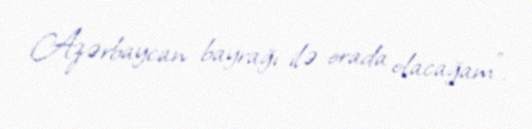
Azərbaycan bayrağı ilə orada olacağam”.